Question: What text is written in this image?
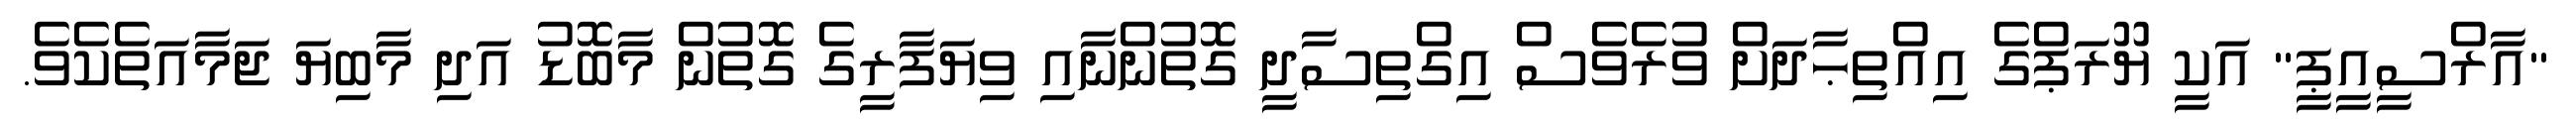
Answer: "އާރްސީއީޕީ" އަކީ ޔޫރަޕްގެ އިއްތިޙާދަށް ވުރެވެސް އިގްތިސާދީ ގޮތުންނާއި ވިޔަފާރީގެ ގޮތުން މާބޮޑު އަދި މާބިޔަ ޖަމާއަތެކެވެ.